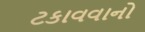
ટકાવવાનો